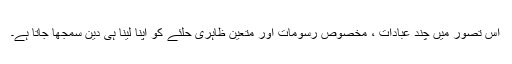
اس تصور میں چند عبادات ، مخصوص رسومات اور متعین ظاہری حلئے کو اپنا لینا ہی دین سمجھا جاتا ہے۔